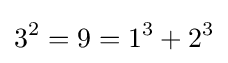
3^{2}=9=1^{3}+2^{3}